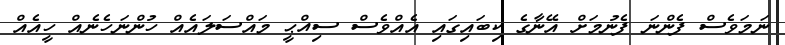
ނަމަވެސް ފެންނަ ފެނުމަށް އޭނާގެ ކިބައިގައި އެއްވެސް ސިއްޙީ މައްސަލައެއް ހުންނަހެނެއް ހީއެއް